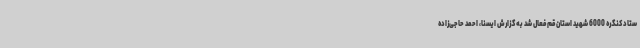
ستاد کنگره 6000 شهید استان قم فعال شد به گزارش ایسنا، احمد حاجی‌زاده